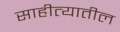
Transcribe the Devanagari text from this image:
साहीत्यातील